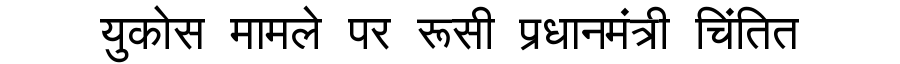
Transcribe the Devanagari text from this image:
युकोस मामले पर रूसी प्रधानमंत्री चिंतित